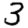
Digit: 3